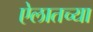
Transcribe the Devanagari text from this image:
ऐलातच्या